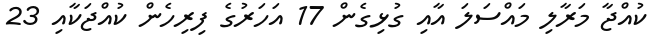
ކުއްޖާ މަރާލި މައްސަލަ އާއި ގުޅިގެން 17 އަހަރުގެ ފިރިހެން ކުއްޖަކާއި 23